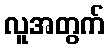
လူအတွက်